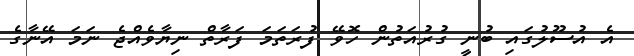
އެ އުސޫލުގައި ބުނީ ގުރުއަތުން ހޮވޭ ފުރަތަމަ ފަރާތް ނިޔާވެއްޖެ ނަމަ އޭނާގެ